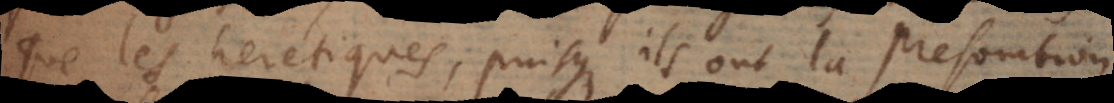
que les heretiques, puisqu’ils ont la presomtion